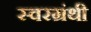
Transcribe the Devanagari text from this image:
स्वरग्रंथी